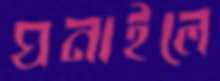
ঘনাইলে